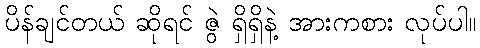
ပိန်ချင်တယ် ဆိုရင် ဇွဲ ရှိရှိနဲ့ အားကစား လုပ်ပါ။